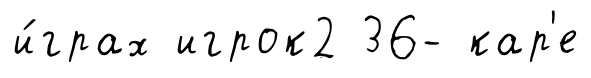
и́грах игрок2 36- кар'е